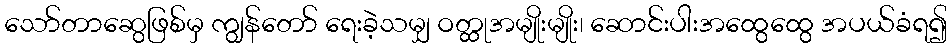
သော်တာဆွေဖြစ်မှ ကျွန်တော် ရေးခဲ့သမျှ ဝတ္ထုအမျိုးမျိုး၊ ဆောင်းပါးအထွေထွေ အပယ်ခံရ၍